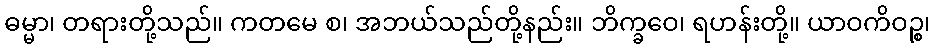
ဓမ္မာ၊ တရားတို့သည်။ ကတမေ စ၊ အဘယ်သည်တို့နည်း။ ဘိက္ခဝေ၊ ရဟန်းတို့။ ယာဝကိဝဉ္စ၊